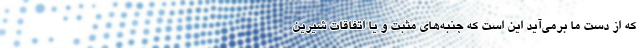
که از دست ما برمی‌آید این است که جنبه‌های مثبت و یا اتفاقات شیرین